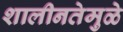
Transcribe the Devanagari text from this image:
शालीनतेमुळे